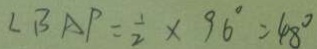
\angle B A P = \frac { 1 } { 2 } \times 9 6 ^ { \circ } = 4 8 ^ { \circ }